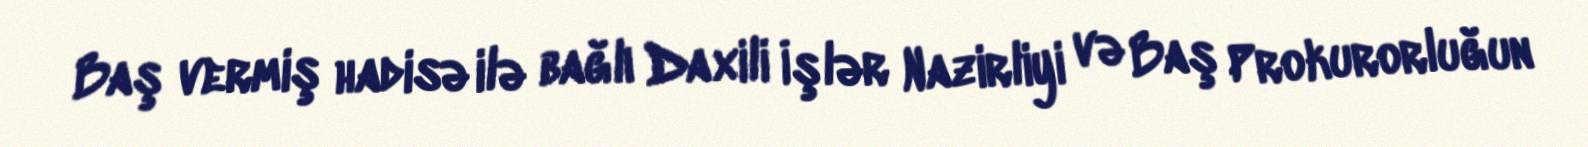
Baş vermiş hadisə ilə bağlı Daxili İşlər Nazirliyi və Baş Prokurorluğun